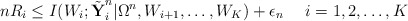
\begin{align*} nR_i \leq I(W_i;\tilde{\textbf{Y}}_i^n|\Omega^n,W_{i+1},\ldots,W_K)+\epsilon_n\ \ \ \ i=1,2,\ldots,K\end{align*}